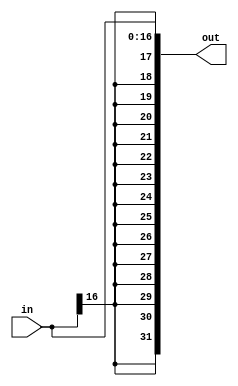
module z_sign_extend_17_32(in, out);
	input [16:0] in;
	output [31:0] out;
	
	assign out[16:0] = in;
	genvar i;
	generate
		for (i=17; i<32; i=i+1) begin: loop1
			assign out[i] = in[16];
		end
	endgenerate
endmodule